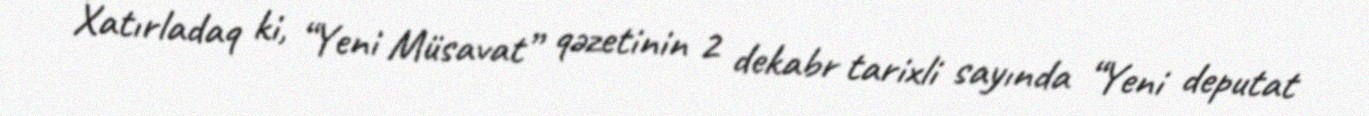
Xatırladaq ki, “Yeni Müsavat” qəzetinin 2 dekabr tarixli sayında “Yeni deputat